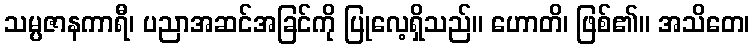
သမ္ပဇာနကာရီ၊ ပညာအဆင်အခြင်ကို ပြုလေ့ရှိသည်။ ဟောတိ၊ ဖြစ်၏။ အသိတေ၊